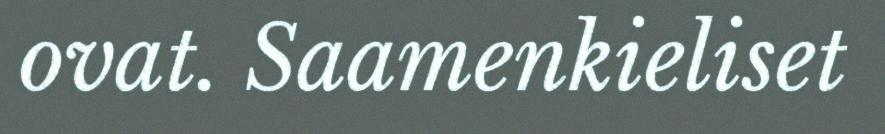
ovat. Saamenkieliset